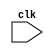
`timescale 1ns / 1ps

/* Name : Harshil Shah
  Roll no : 201501097
   Program to generate inverse of a 5X5 matrix  */



//////////////////////////////////////////////////////////////////////////////////
// Company: 
// Engineer: 
// 
// Design Name: 
// Module Name:    Inverse_Matrix 
// Project Name: 
// Target Devices: 
// Tool versions: 
// Description: 
//
// Dependencies: 
//
// Revision: 
// Revision 0.01 - File Created
// Additional Comments: 
//
//////////////////////////////////////////////////////////////////////////////////
module Inverse_Matrix(clk);
	 
//inputs and registers declared	 
input clk;
reg [31:0] mat[49:0];
reg error_flag ;
reg [31:0] temp;

//register initialized including the matrix A and Identity matrix
initial begin
mat[0] = 1;
mat[1] = 0;
mat[2] = 0;
mat[3] = 0;
mat[4] = 1;
mat[5] = 1;
mat[6] = 0;
mat[7] = 0;
mat[8] = 0;
mat[9] = 0;
mat[10] = 0;
mat[11] = 1;
mat[12] = 3;
mat[13] = 0;
mat[14] = 0;
mat[15] = 0;
mat[16] = 1;
mat[17] = 0;
mat[18] = 0;
mat[19] = 0;
mat[20] = 0;
mat[21] = 0;
mat[22] = 1;
mat[23] = 0;
mat[24] = 0;
mat[25] = 0;
mat[26] = 0;
mat[27] = 1;
mat[28] = 0;
mat[29] = 0;
mat[30] = 0;
mat[31] = 1;
mat[32] = 0;
mat[33] = 1;
mat[34] = 0;
mat[35] = 0;
mat[36] = 0;
mat[37] = 0;
mat[38] = 1;
mat[39] = 0;
mat[40] = 0;
mat[41] = 0;
mat[42] = 0;
mat[43] = 0;
mat[44] = 1;
mat[45] = 0;
mat[46] = 0;
mat[47] = 0;
mat[48] = 0;
mat[49] = 1;

error_flag = 1'b0;
end

//code to make lower triangular part of matrix zero
//checking all elements in the 1st column are 0 and if pivot position is 0 then swap it with non zero column elements for 1st column
always@(posedge clk)
begin
	if(mat[0] == 0)
	begin
		if(mat[10] == 0)
		begin
			if(mat[20] == 0)
			begin
				if(mat[30] == 0)
				begin
					if(mat[40] == 0)
					begin
						error_flag = 1'b1;
					end
					
					else
					begin
						temp = mat[40];
						mat[40]= mat[0];
						mat[0]=temp;
						
						
						temp = mat[41];
						mat[41]= mat[1];
						mat[1]=temp;
						
						
						temp = mat[42];
						mat[42]= mat[2];
						mat[2]=temp;
						
						
						temp = mat[43];
						mat[43]= mat[3];
						mat[3]=temp;
						
						
						temp = mat[44];
						mat[44]= mat[4];
						mat[4]=temp;
						
						
						temp = mat[45];
						mat[45]= mat[5];
						mat[5]=temp;
						
						
						temp = mat[46];
						mat[46]= mat[6];
						mat[6]=temp;
						
						
						temp = mat[47];
						mat[47]= mat[7];
						mat[7]=temp;
						
						
						temp = mat[48];
						mat[48]= mat[8];
						mat[8]=temp;
						
						
						temp = mat[49];
						mat[49]= mat[9];
						mat[9]=temp;
						
					end
				end
				
				else
				begin
						temp = mat[30];
						mat[30]= mat[0];
						mat[0]=temp;
						
						
						temp = mat[31];
						mat[31]= mat[1];
						mat[1]=temp;
						
						
						temp = mat[32];
						mat[32]= mat[2];
						mat[2]=temp;
						
						
						temp = mat[33];
						mat[33]= mat[3];
						mat[3]=temp;
						
						
						temp = mat[34];
						mat[34]= mat[4];
						mat[4]=temp;
						
						
						temp = mat[35];
						mat[35]= mat[5];
						mat[5]=temp;
						
						
						temp = mat[36];
						mat[36]= mat[6];
						mat[6]=temp;
						
						
						temp = mat[37];
						mat[37]= mat[7];
						mat[7]=temp;
						
						
						temp = mat[38];
						mat[38]= mat[8];
						mat[8]=temp;
						
						
						temp = mat[39];
						mat[39]= mat[9];
						mat[9]=temp;
				end
			end
			
			else
			begin
						temp = mat[20];
						mat[20]= mat[0];
						mat[0]=temp;
						
						
						temp = mat[21];
						mat[21]= mat[1];
						mat[1]=temp;
						
						
						temp = mat[22];
						mat[22]= mat[2];
						mat[2]=temp;
						
						
						temp = mat[23];
						mat[23]= mat[3];
						mat[3]=temp;
						
						
						temp = mat[24];
						mat[24]= mat[4];
						mat[4]=temp;
						
						
						temp = mat[25];
						mat[25]= mat[5];
						mat[5]=temp;
						
						
						temp = mat[26];
						mat[26]= mat[6];
						mat[6]=temp;
						
						
						temp = mat[27];
						mat[27]= mat[7];
						mat[7]=temp;
						
						
						temp = mat[28];
						mat[28]= mat[8];
						mat[8]=temp;
						
						
						temp = mat[29];
						mat[29]= mat[9];
						mat[9]=temp;
			end
		end
		
		else
		begin
						temp = mat[10];
						mat[10]= mat[0];
						mat[0]=temp;
						
						
						temp = mat[11];
						mat[11]= mat[1];
						mat[1]=temp;
						
						
						temp = mat[12];
						mat[12]= mat[2];
						mat[2]=temp;
						
						
						temp = mat[13];
						mat[13]= mat[3];
						mat[3]=temp;
						
						
						temp = mat[14];
						mat[14]= mat[4];
						mat[4]=temp;
						
						
						temp = mat[15];
						mat[15]= mat[5];
						mat[5]=temp;
						
						
						temp = mat[16];
						mat[16]= mat[6];
						mat[6]=temp;
						
						
						temp = mat[17];
						mat[17]= mat[7];
						mat[7]=temp;
						
						
						temp = mat[18];
						mat[18]= mat[8];
						mat[8]=temp;
						
						
						temp = mat[19];
						mat[19]= mat[9];
						mat[9]=temp;
		end	
	end


//now make all the elements in the 1st column to be zero except the pivot position


	
	mat[11] = mat[0] * mat[11] - mat[10] * mat[1];
	mat[12] = mat[0] * mat[12] - mat[10] * mat[2];
	mat[13] = mat[0] * mat[13] - mat[10] * mat[3];
	mat[14] = mat[0] * mat[14] - mat[10] * mat[4];
	mat[15] = mat[0] * mat[15] - mat[10] * mat[5];
	mat[16] = mat[0] * mat[16] - mat[10] * mat[6];
	mat[17] = mat[0] * mat[17] - mat[10] * mat[7];
	mat[18] = mat[0] * mat[18] - mat[10] * mat[8];
	mat[19] = mat[0] * mat[19] - mat[10] * mat[9];
	mat[10] = mat[0] * mat[10] - mat[10] * mat[0];
	
	
	mat[21] = mat[0] * mat[21] - mat[20] * mat[1];
	mat[22] = mat[0] * mat[22] - mat[20] * mat[2];
	mat[23] = mat[0] * mat[23] - mat[20] * mat[3];
	mat[24] = mat[0] * mat[24] - mat[20] * mat[4];
	mat[25] = mat[0] * mat[25] - mat[20] * mat[5];
	mat[26] = mat[0] * mat[26] - mat[20] * mat[6];
	mat[27] = mat[0] * mat[27] - mat[20] * mat[7];
	mat[28] = mat[0] * mat[28] - mat[20] * mat[8];
	mat[29] = mat[0] * mat[29] - mat[20] * mat[9];
	mat[20] = mat[0] * mat[20] - mat[20] * mat[0];

	
	mat[31] = mat[0] * mat[31] - mat[30] * mat[1];
	mat[32] = mat[0] * mat[32] - mat[30] * mat[2];
	mat[33] = mat[0] * mat[33] - mat[30] * mat[3];
	mat[34] = mat[0] * mat[34] - mat[30] * mat[4];
	mat[35] = mat[0] * mat[35] - mat[30] * mat[5];
	mat[36] = mat[0] * mat[36] - mat[30] * mat[6];
	mat[37] = mat[0] * mat[37] - mat[30] * mat[7];
	mat[38] = mat[0] * mat[38] - mat[30] * mat[8];
	mat[39] = mat[0] * mat[39] - mat[30] * mat[9];	
	mat[30] = mat[0] * mat[30] - mat[30] * mat[0];
	
	
	mat[41] = mat[0] * mat[41] - mat[40] * mat[1];
	mat[42] = mat[0] * mat[42] - mat[40] * mat[2];
	mat[43] = mat[0] * mat[43] - mat[40] * mat[3];
	mat[44] = mat[0] * mat[44] - mat[40] * mat[4];
	mat[45] = mat[0] * mat[45] - mat[40] * mat[5];
	mat[46] = mat[0] * mat[46] - mat[40] * mat[6];
	mat[47] = mat[0] * mat[47] - mat[40] * mat[7];
	mat[48] = mat[0] * mat[48] - mat[40] * mat[8];
	mat[49] = mat[0] * mat[49] - mat[40] * mat[9];
	mat[40] = mat[0] * mat[40] - mat[40] * mat[0];

////checking all elements in the 2nd column are 0 and if pivot position is 0 then swap it with non zero column elements for 2nd column
	if(mat[11] == 0)
	begin
		if(mat[21] == 0)
		begin
			if(mat[31] == 0)
			begin
				if(mat[41] == 0)
				begin
					error_flag = 1'b1;
				end
				
				else
				begin
						temp = mat[40];
						mat[40]= mat[10];
						mat[10]=temp;
						
						
						temp = mat[41];
						mat[41]= mat[11];
						mat[11]=temp;
						
						
						temp = mat[42];
						mat[42]= mat[12];
						mat[12]=temp;
						
						
						temp = mat[43];
						mat[43]= mat[13];
						mat[13]=temp;
						
						
						temp = mat[44];
						mat[44]= mat[14];
						mat[14]=temp;
						
						
						temp = mat[45];
						mat[45]= mat[15];
						mat[15]=temp;
						
						
						temp = mat[46];
						mat[46]= mat[16];
						mat[16]=temp;
						
						
						temp = mat[47];
						mat[47]= mat[17];
						mat[17]=temp;
						
						
						temp = mat[48];
						mat[48]= mat[18];
						mat[18]=temp;
						
						
						temp = mat[49];
						mat[49]= mat[19];
						mat[19]=temp;					
				end
			end
			
			else
			begin
					temp = mat[30];
					mat[30]= mat[10];
					mat[10]=temp;
					
					
					temp = mat[31];
					mat[31]= mat[11];
					mat[11]=temp;
					
					
					temp = mat[32];
					mat[32]= mat[12];
					mat[12]=temp;
					
					
					temp = mat[33];
					mat[33]= mat[13];
					mat[13]=temp;
					
					
					temp = mat[34];
					mat[34]= mat[14];
					mat[14]=temp;
					
					
					temp = mat[35];
					mat[35]= mat[15];
					mat[15]=temp;
					
					
					temp = mat[36];
					mat[36]= mat[16];
					mat[16]=temp;
					
					
					temp = mat[37];
					mat[37]= mat[17];
					mat[17]=temp;
					
					
					temp = mat[38];
					mat[38]= mat[18];
					mat[18]=temp;
					
					
					temp = mat[39];
					mat[39]= mat[19];
					mat[19]=temp;					
			end
		end
		
		else
		begin
			temp = mat[20];
			mat[20]= mat[10];
			mat[10]=temp;
			
			
			temp = mat[21];
			mat[21]= mat[11];
			mat[11]=temp;
			
			
			temp = mat[22];
			mat[22]= mat[12];
			mat[12]=temp;
			
			
			temp = mat[23];
			mat[23]= mat[13];
			mat[13]=temp;
			
			
			temp = mat[24];
			mat[24]= mat[14];
			mat[14]=temp;
			
			
			temp = mat[25];
			mat[25]= mat[15];
			mat[15]=temp;
			
			
			temp = mat[26];
			mat[26]= mat[16];
			mat[16]=temp;
			
			
			temp = mat[27];
			mat[27]= mat[17];
			mat[17]=temp;
			
			
			temp = mat[28];
			mat[28]= mat[18];
			mat[18]=temp;
			
			
			temp = mat[29];
			mat[29]= mat[19];
			mat[19]=temp;			
		end
	end


//now make all the elements in the 2nd column to be zero below the pivot position 
	mat[20] = 0;
	
	mat[22] = mat[11] * mat[22] - mat[21] * mat[12];
	mat[23] = mat[11] * mat[23] - mat[21] * mat[13];
	mat[24] = mat[11] * mat[24] - mat[21] * mat[14];
	mat[25] = mat[11] * mat[25] - mat[21] * mat[15];
	mat[26] = mat[11] * mat[26] - mat[21] * mat[16];
	mat[27] = mat[11] * mat[27] - mat[21] * mat[17];
	mat[28] = mat[11] * mat[28] - mat[21] * mat[18];
	mat[29] = mat[11] * mat[29] - mat[21] * mat[19];
	mat[21] = mat[11] * mat[21] - mat[21] * mat[11];
	
	mat[30] = 0;
	
	mat[32] = mat[11] * mat[32] - mat[31] * mat[12];
	mat[33] = mat[11] * mat[33] - mat[31] * mat[13];
	mat[34] = mat[11] * mat[34] - mat[31] * mat[14];
	mat[35] = mat[11] * mat[35] - mat[31] * mat[15];
	mat[36] = mat[11] * mat[36] - mat[31] * mat[16];
	mat[37] = mat[11] * mat[37] - mat[31] * mat[17];
	mat[38] = mat[11] * mat[38] - mat[31] * mat[18];
	mat[39] = mat[11] * mat[39] - mat[31] * mat[19];
	mat[31] = mat[11] * mat[31] - mat[31] * mat[11];
	
	mat[40] = 0;
	
	mat[42] = mat[11] * mat[42] - mat[41] * mat[12];
	mat[43] = mat[11] * mat[43] - mat[41] * mat[13];
	mat[44] = mat[11] * mat[44] - mat[41] * mat[14];
	mat[45] = mat[11] * mat[45] - mat[41] * mat[15];
	mat[46] = mat[11] * mat[46] - mat[41] * mat[16];
	mat[47] = mat[11] * mat[47] - mat[41] * mat[17];
	mat[48] = mat[11] * mat[48] - mat[41] * mat[18];
	mat[49] = mat[11] * mat[49] - mat[41] * mat[19];
	mat[41] = mat[11] * mat[41] - mat[41] * mat[11];

//////checking all elements in the 3rd column are 0 and if pivot position is 0 then swap it with non zero column elements for 3rd column
	if(mat[22] == 0)
	begin
		if(mat[32] == 0)
		begin
			if(mat[42] == 0)
			begin
				error_flag = 1'b1;
			end
			
			else
			begin
				temp = mat[40];
				mat[40]= mat[20];
				mat[20]=temp;
				
				
				temp = mat[41];
				mat[41]= mat[21];
				mat[21]=temp;
				
				
				temp = mat[42];
				mat[42]= mat[22];
				mat[22]=temp;
				
				
				temp = mat[43];
				mat[43]= mat[23];
				mat[23]=temp;
				
				
				temp = mat[44];
				mat[44]= mat[24];
				mat[24]=temp;
				
				
				temp = mat[45];
				mat[45]= mat[25];
				mat[25]=temp;
				
				
				temp = mat[46];
				mat[46]= mat[26];
				mat[26]=temp;
				
				
				temp = mat[47];
				mat[47]= mat[27];
				mat[27]=temp;
				
				
				temp = mat[48];
				mat[48]= mat[28];
				mat[28]=temp;
				
				
				temp = mat[49];
				mat[49]= mat[29];
				mat[29]=temp;						
			end
		end
		
		else
		begin
			temp = mat[30];
			mat[30]= mat[20];
			mat[20]=temp;
			
			
			temp = mat[31];
			mat[31]= mat[21];
			mat[21]=temp;
			
			
			temp = mat[32];
			mat[32]= mat[22];
			mat[22]=temp;
			
			
			temp = mat[33];
			mat[33]= mat[23];
			mat[23]=temp;
			
			
			temp = mat[34];
			mat[34]= mat[24];
			mat[24]=temp;
			
			
			temp = mat[35];
			mat[35]= mat[25];
			mat[25]=temp;
			
			
			temp = mat[36];
			mat[36]= mat[26];
			mat[26]=temp;
			
			
			temp = mat[37];
			mat[37]= mat[27];
			mat[27]=temp;
			
			
			temp = mat[38];
			mat[38]= mat[28];
			mat[28]=temp;
			
			
			temp = mat[39];
			mat[39]= mat[29];
			mat[29]=temp;											
		end
	end

////now make all the elements in the 3rd column to be zero except the pivot position

	mat[30] = 0;
	mat[31] = 0;
	
	mat[33] = mat[22] * mat[33] - mat[32] * mat[23];
	mat[34] = mat[22] * mat[34] - mat[32] * mat[24];
	mat[35] = mat[22] * mat[35] - mat[32] * mat[25];
	mat[36] = mat[22] * mat[36] - mat[32] * mat[26];
	mat[37] = mat[22] * mat[37] - mat[32] * mat[27];
	mat[38] = mat[22] * mat[38] - mat[32] * mat[28];
	mat[39] = mat[22] * mat[39] - mat[32] * mat[29];
	mat[32] = mat[22] * mat[32] - mat[32] * mat[22];
	
	mat[40] = 0;
	mat[41] = 0;
	
	mat[43] = mat[22] * mat[43] - mat[42] * mat[23];
	mat[44] = mat[22] * mat[44] - mat[42] * mat[24];
	mat[45] = mat[22] * mat[45] - mat[42] * mat[25];
	mat[46] = mat[22] * mat[46] - mat[42] * mat[26];
	mat[47] = mat[22] * mat[47] - mat[42] * mat[27];
	mat[48] = mat[22] * mat[48] - mat[42] * mat[28];
	mat[49] = mat[22] * mat[49] - mat[42] * mat[29];	
	mat[42] = mat[22] * mat[42] - mat[42] * mat[22];

////checking all elements in the 4th column are 0 and if pivot position is 0 then swap it with non zero column elements for 4th column
	if(mat[33] == 0)
	begin
		if(mat[43] == 0)
		begin
			error_flag = 1'b1;
		end
		
		else
		begin
			temp = mat[40];
			mat[40]= mat[30];
			mat[30]=temp;
			
			
			temp = mat[41];
			mat[41]= mat[31];
			mat[31]=temp;
			
			
			temp = mat[42];
			mat[42]= mat[32];
			mat[32]=temp;
			
			
			temp = mat[43];
			mat[43]= mat[33];
			mat[33]=temp;
			
			
			temp = mat[44];
			mat[44]= mat[34];
			mat[34]=temp;
			
			
			temp = mat[45];
			mat[45]= mat[35];
			mat[35]=temp;
			
			
			temp = mat[46];
			mat[46]= mat[36];
			mat[36]=temp;
			
			
			temp = mat[47];
			mat[47]= mat[37];
			mat[37]=temp;
			
			
			temp = mat[48];
			mat[48]= mat[38];
			mat[38]=temp;
			
			
			temp = mat[49];
			mat[49]= mat[39];
			mat[39]=temp;						
		end
	end

   //now make all the elements in the 4th column to be zero except the pivot position

	mat[40] = 0;
	mat[41] = 0;
	mat[42] = 0;
	
	mat[44] = mat[33] * mat[44] - mat[43] * mat[34];
	mat[45] = mat[33] * mat[45] - mat[43] * mat[35];
	mat[46] = mat[33] * mat[46] - mat[43] * mat[36];
	mat[47] = mat[33] * mat[47] - mat[43] * mat[37];
	mat[48] = mat[33] * mat[48] - mat[43] * mat[38];
	mat[49] = mat[33] * mat[49] - mat[43] * mat[39];
	mat[43] = mat[33] * mat[43] - mat[43] * mat[33];
	
	//checking the pivot position for 5th column and and assign the error flag
	if(mat[44] == 0)
	begin
		error_flag = 1'b1;
	end

////now making the upper triangular zero for the rref form
//thus we now get the inverted matrix in the register

	
	mat[5] = mat[44] * mat[5] - mat[4] * mat[45];
	mat[6] = mat[44] * mat[6] - mat[4] * mat[46];
	mat[7] = mat[44] * mat[7] - mat[4] * mat[47];
	mat[8] = mat[44] * mat[8] - mat[4] * mat[48];
	mat[9] = mat[44] * mat[9] - mat[4] * mat[49];
	mat[4] = mat[44] * mat[4] - mat[4] * mat[44];
	
	
	mat[15] = mat[44] * mat[15] - mat[14] * mat[45];
	mat[16] = mat[44] * mat[16] - mat[14] * mat[46];
	mat[17] = mat[44] * mat[17] - mat[14] * mat[47];
	mat[18] = mat[44] * mat[18] - mat[14] * mat[48];
	mat[19] = mat[44] * mat[19] - mat[14] * mat[49];
	mat[14] = mat[44] * mat[14] - mat[14] * mat[44];
	
	mat[25] = mat[44] * mat[25] - mat[24] * mat[45];
	mat[26] = mat[44] * mat[26] - mat[24] * mat[46];
	mat[27] = mat[44] * mat[27] - mat[24] * mat[47];
	mat[28] = mat[44] * mat[28] - mat[24] * mat[48];
	mat[29] = mat[44] * mat[29] - mat[24] * mat[49];
	mat[24] = mat[44] * mat[24] - mat[24] * mat[44];
	
	mat[35] = mat[44] * mat[35] - mat[34] * mat[45];
	mat[36] = mat[44] * mat[36] - mat[34] * mat[46];
	mat[37] = mat[44] * mat[37] - mat[34] * mat[47];
	mat[38] = mat[44] * mat[38] - mat[34] * mat[48];
	mat[39] = mat[44] * mat[39] - mat[34] * mat[49];
	mat[34] = mat[44] * mat[34] - mat[34] * mat[44];
	
//Zeros in Column4
	mat[4] = 0;
	mat[5] = mat[33] * mat[5] - mat[3] * mat[35];
	mat[6] = mat[33] * mat[6] - mat[3] * mat[36];
	mat[7] = mat[33] * mat[7] - mat[3] * mat[37];
	mat[8] = mat[33] * mat[8] - mat[3] * mat[38];
	mat[9] = mat[33] * mat[9] - mat[3] * mat[39];
	mat[3] = mat[33] * mat[3] - mat[3] * mat[33];
	
	mat[14] = 0;
	mat[15] = mat[33] * mat[15] - mat[13] * mat[35];
	mat[16] = mat[33] * mat[16] - mat[13] * mat[36];
	mat[17] = mat[33] * mat[17] - mat[13] * mat[37];
	mat[18] = mat[33] * mat[18] - mat[13] * mat[38];
	mat[19] = mat[33] * mat[19] - mat[13] * mat[39];
	mat[13] = mat[33] * mat[13] - mat[13] * mat[33];
	
	mat[24] = 0;
	mat[25] = mat[33] * mat[25] - mat[23] * mat[35];
	mat[26] = mat[33] * mat[26] - mat[23] * mat[36];
	mat[27] = mat[33] * mat[27] - mat[23] * mat[37];
	mat[28] = mat[33] * mat[28] - mat[23] * mat[38];
	mat[29] = mat[33] * mat[29] - mat[23] * mat[39];
	mat[23] = mat[33] * mat[23] - mat[23] * mat[33];
		
//Zeros in Columnn3
	mat[3] = 0;
	mat[4] = 0;
	mat[5] = mat[22] * mat[5] - mat[2] * mat[25];
	mat[6] = mat[22] * mat[6] - mat[2] * mat[26];
	mat[7] = mat[22] * mat[7] - mat[2] * mat[27];
	mat[8] = mat[22] * mat[8] - mat[2] * mat[28];
	mat[9] = mat[22] * mat[9] - mat[2] * mat[29];
	mat[2] = mat[22] * mat[2] - mat[2] * mat[22];
	
	mat[13] = 0;
	mat[14] = 0;
	mat[15] = mat[22] * mat[15] - mat[12] * mat[25];
	mat[16] = mat[22] * mat[16] - mat[12] * mat[26];
	mat[17] = mat[22] * mat[17] - mat[12] * mat[27];
	mat[18] = mat[22] * mat[18] - mat[12] * mat[28];
	mat[19] = mat[22] * mat[19] - mat[12] * mat[29];
	mat[12] = mat[22] * mat[12] - mat[12] * mat[22];
	
//Zeros in Column2
	mat[2] =0;
	mat[3] =0;
	mat[4] = 0;
	mat[5] = mat[11] * mat[5] - mat[1] * mat[15];
	mat[6] = mat[11] * mat[6] - mat[1] * mat[16];
	mat[7] = mat[11] * mat[7] - mat[1] * mat[17];
	mat[8] = mat[11] * mat[8] - mat[1] * mat[18];
	mat[9] = mat[11] * mat[9] - mat[1] * mat[19];
	mat[1] = mat[11] * mat[1] - mat[1] * mat[11];
	
end

endmodule